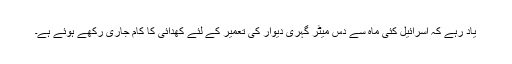
یاد رہے کہ اسرائیل کئی ماہ سے دس میٹر گہری دیوار کی تعمیر کے لئے کھدائی کا کام جاری رکھے ہوئے ہے۔